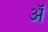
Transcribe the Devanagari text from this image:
अॅ